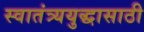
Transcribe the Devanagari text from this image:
स्वातंत्र्ययुद्धासाठी